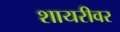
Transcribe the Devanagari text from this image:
शायरीवर